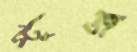
স্টুজ